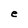
Character: e